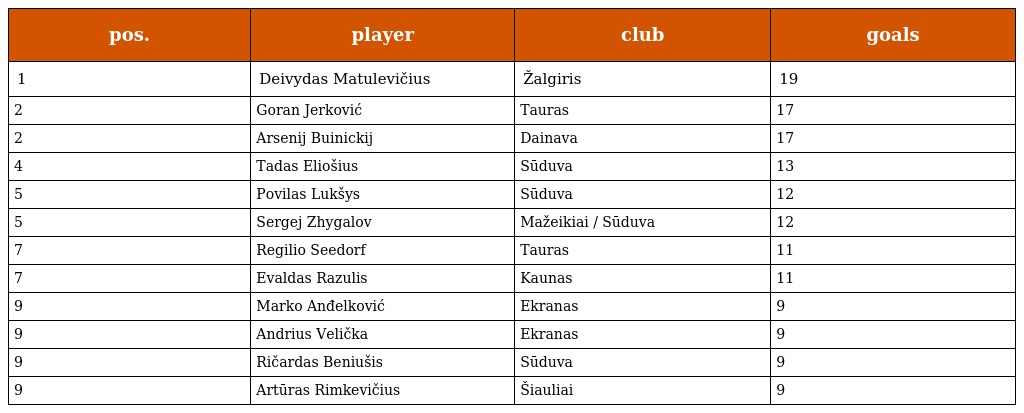
| pos. | player | club | goals |
 | --- | --- | --- | --- |
 | 1 | Deivydas Matulevičius | Žalgiris | 19 |
 | 2 | Goran Jerković | Tauras | 17 |
 | 2 | Arsenij Buinickij | Dainava | 17 |
 | 4 | Tadas Eliošius | Sūduva | 13 |
 | 5 | Povilas Lukšys | Sūduva | 12 |
 | 5 | Sergej Zhygalov | Mažeikiai / Sūduva | 12 |
 | 7 | Regilio Seedorf | Tauras | 11 |
 | 7 | Evaldas Razulis | Kaunas | 11 |
 | 9 | Marko Anđelković | Ekranas | 9 |
 | 9 | Andrius Velička | Ekranas | 9 |
 | 9 | Ričardas Beniušis | Sūduva | 9 |
 | 9 | Artūras Rimkevičius | Šiauliai | 9 |